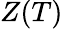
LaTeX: Z(T)